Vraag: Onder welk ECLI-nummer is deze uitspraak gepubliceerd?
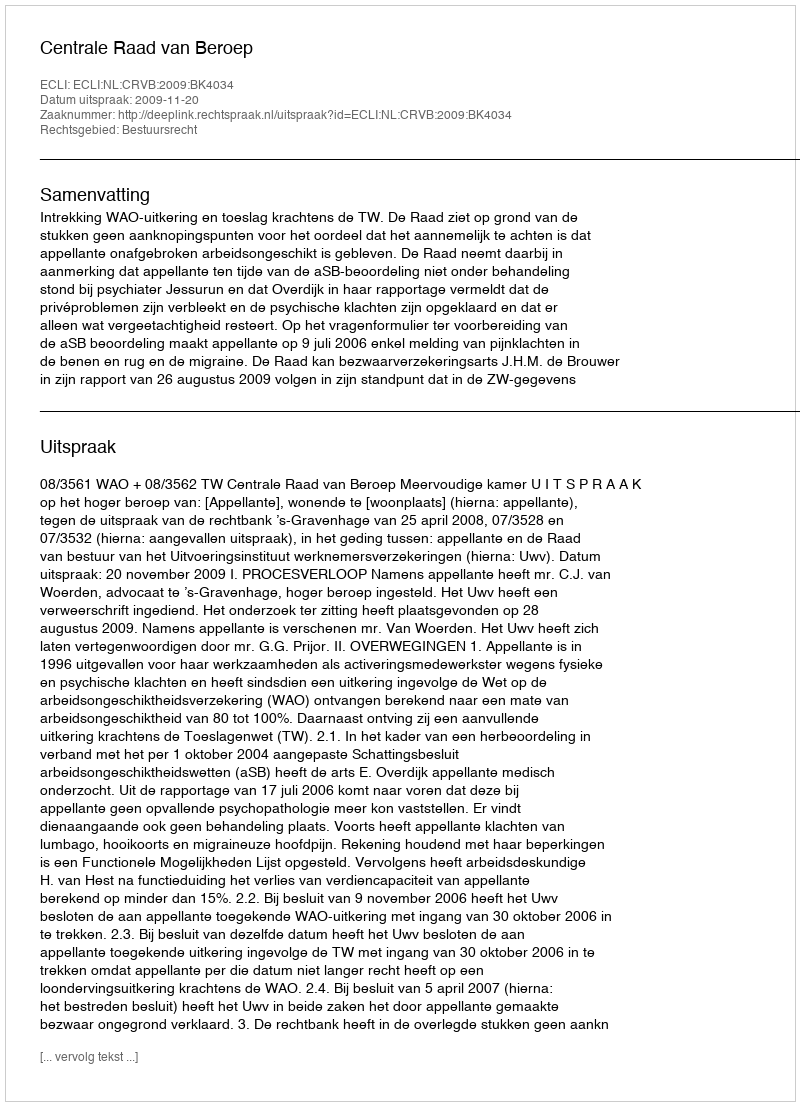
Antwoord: ECLI:NL:CRVB:2009:BK4034